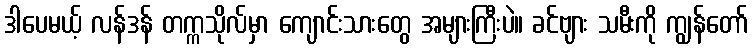
ဒါပေမယ့် လန်ဒန် တက္ကသိုလ်မှာ ကျောင်းသားတွေ အများကြီးပဲ။ ခင်ဗျား သမီးကို ကျွန်တော်